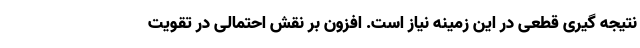
نتیجه گیری قطعی در این زمینه نیاز است. افزون بر نقش احتمالی در تقویت